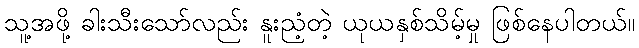
သူ့အဖို့ ခါးသီးသော်လည်း နူးညံ့တဲ့ ယုယနှစ်သိမ့်မှု ဖြစ်နေပါတယ်။